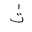
Letter: _tha